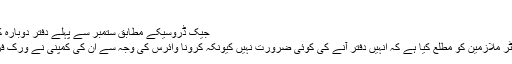
بدھ 13 مئی 2020 15:00
جیک ڈروسیکے مطابق ستمبر سے پہلے دفتر دوبارہ کھلنے کے امکانات نہیں ہیں (اے ایف پی)
ٹوئٹر کے سی ای او جیک ڈورسی نے ٹوئٹر ملازمین کو مطلع کیا ہے کہ انہیں دفتر آنے کی کوئی ضرورت نہیں کیونکہ کرونا وائرس کی وجہ سے ان کی کمپنی نے ورک فرام ہوم کی پالیسی اپنانے کا اعلان کیا ہے۔